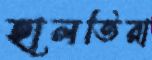
হালতিরা